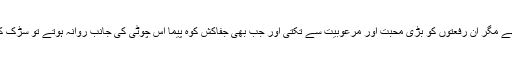
وہ کبھی کوہ پیمائی کو نہ جا سکی نہ ہی اس کے پاس ایسے وسائل تھے مگر اْن رفعتوں کو بڑی محبت اور مرعوبیت سے تکتی اور جب بھی جفاکش کوہ پیما اس چوٹی کی جانب روانہ ہوتے تو سڑک کنارے کھڑی وہ انکی راہوں میں جنگلی پوپی کے پھول نچھاور کرتی۔